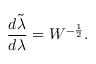
{ \frac { d \tilde { \lambda } } { d \lambda } } = { \cal W } ^ { - { \frac { 1 } { 2 } } } .